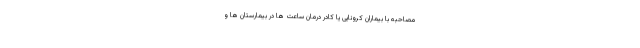
مصاحبه با بیماران کرونایی یا کادر درمان ساعت ها در بیمارستان ها و